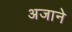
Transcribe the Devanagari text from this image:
अजाने